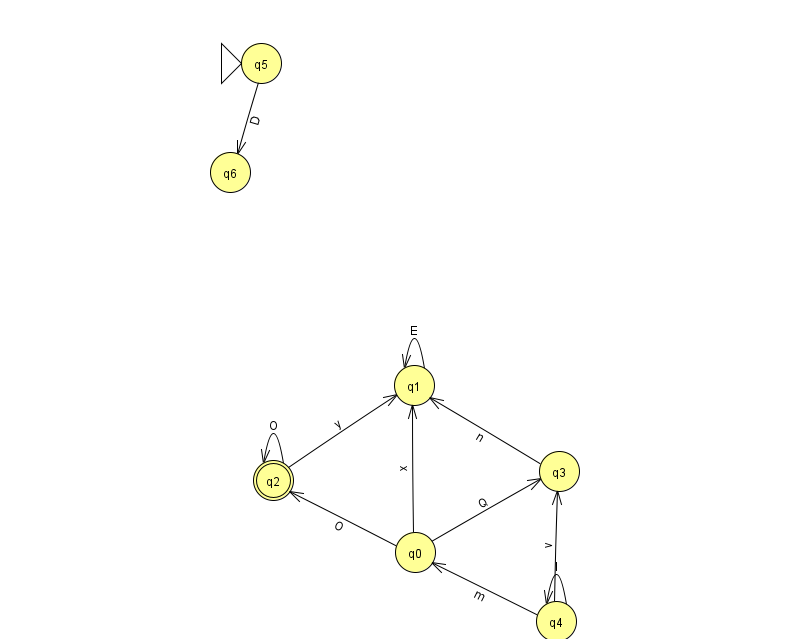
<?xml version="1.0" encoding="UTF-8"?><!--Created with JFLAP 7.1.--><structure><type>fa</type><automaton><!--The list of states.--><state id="0" name="q0"><x>415.0</x><y>539.0</y></state><state id="1" name="q1"><x>414.0</x><y>372.0</y></state><state id="2" name="q2"><x>273.0</x><y>467.0</y><final/></state><state id="3" name="q3"><x>559.0</x><y>458.0</y></state><state id="4" name="q4"><x>556.0</x><y>608.0</y></state><state id="5" name="q5"><x>261.0</x><y>50.0</y><initial/></state><state id="6" name="q6"><x>230.0</x><y>159.0</y></state><!--The list of transitions.--><transition><from>4</from><to>3</to><read>v</read></transition><transition><from>0</from><to>2</to><read>O</read></transition><transition><from>4</from><to>0</to><read>m</read></transition><transition><from>0</from><to>1</to><read>x</read></transition><transition><from>1</from><to>1</to><read>E</read></transition><transition><from>0</from><to>3</to><read>Q</read></transition><transition><from>2</from><to>1</to><read>y</read></transition><transition><from>4</from><to>4</to><read>I</read></transition><transition><from>3</from><to>1</to><read>n</read></transition><transition><from>2</from><to>2</to><read>O</read></transition><transition><from>5</from><to>6</to><read>D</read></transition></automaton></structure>